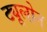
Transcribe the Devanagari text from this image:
ट्यूलोन